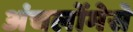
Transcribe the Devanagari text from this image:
अंचलोंमेसे